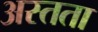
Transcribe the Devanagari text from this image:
अस्तता